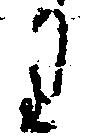
り